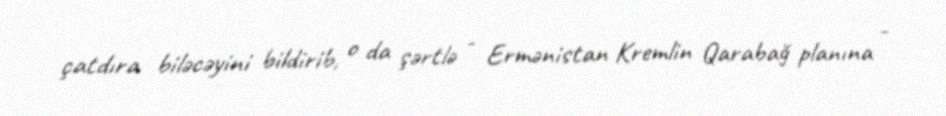
çatdıra biləcəyini bildirib, o da şərtlə - Ermənistan Kremlin Qarabağ planına -